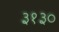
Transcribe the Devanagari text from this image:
३१३०